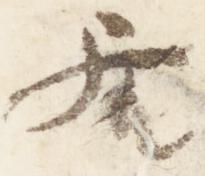
居